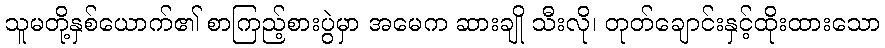
သူမတို့နှစ်ယောက်၏ စာကြည့်စားပွဲမှာ အမေက ဆားချို သီးလို၊ တုတ်ချောင်းနှင့်ထိုးထားသော